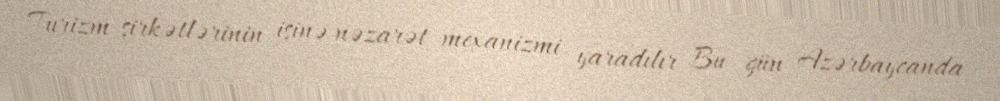
Turizm şirkətlərinin işinə nəzarət mexanizmi yaradılır Bu gün Azərbaycanda